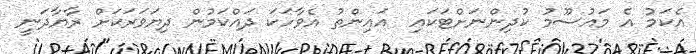
އެކަމު އެ މައުސޫމު ކުދިންނަށްޓަކައި  އައިންތު އެވާހަކަ ދައްކަމުން ދިޔަވަރަކަށް ރާޔާދަނީ